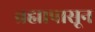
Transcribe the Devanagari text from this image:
ब्रह्मापासून